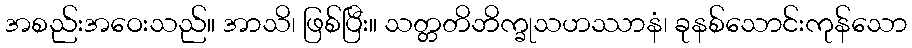
အစည်းအဝေးသည်။ အာသိ၊ ဖြစ်ပြီး။ သတ္တတိဘိက္ခုသဟဿာနံ၊ ခုနစ်သောင်းကုန်သော